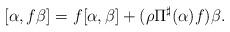
LaTeX: \begin{align*}[ \alpha, f \beta ] = f [ \alpha, \beta ] + (\rho \Pi^{\sharp}(\alpha) f ) \beta.\end{align*}